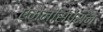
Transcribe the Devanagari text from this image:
एमैन्सिपेशन